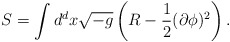
\begin{align*}S=\int d^d x \sqrt {-g} \left(R-\frac{1}{2}(\partial \phi)^2\right).\end{align*}